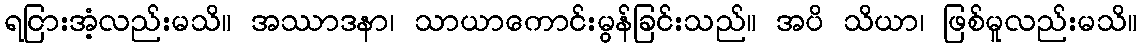
ရငြားအံ့လည်းမသိ။ အဿာဒနာ၊ သာယာကောင်းမွန်ခြင်းသည်။ အပိ သိယာ၊ ဖြစ်မူလည်းမသိ။